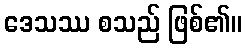
ဒေသဿ စသည် ဖြစ်၏။